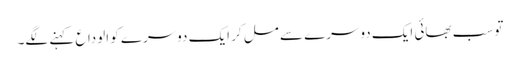
تو سب بھائی ایک دوسرے سے مل کر ایک دوسرے کو الوداع کہنے لگے۔